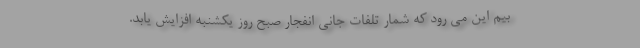
بیم این می رود که شمار تلفات جانی انفجار صبح روز یکشنبه افزایش یابد.